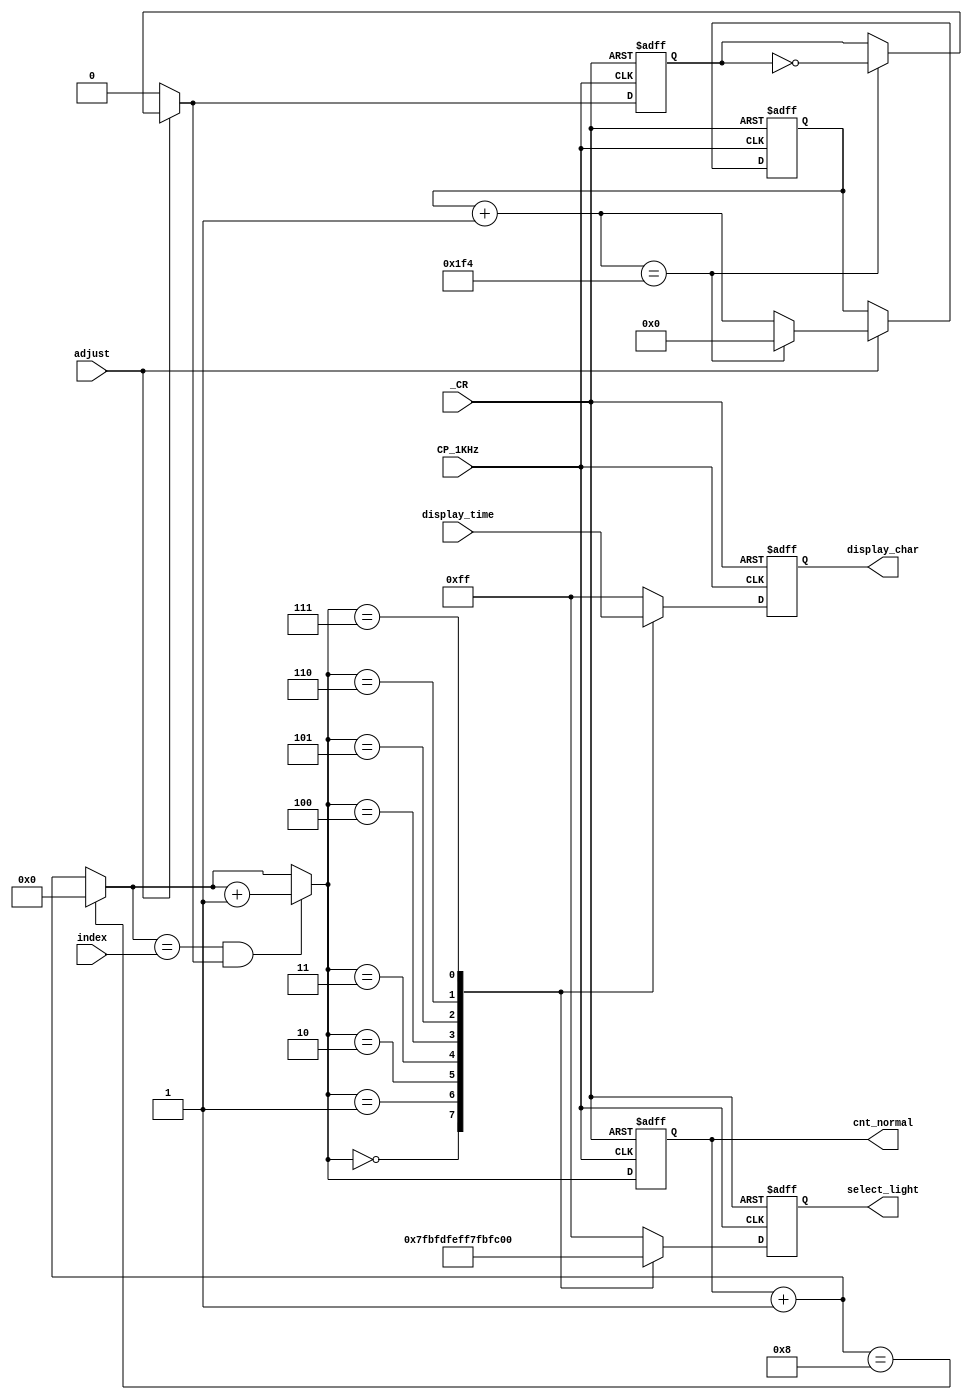
module decoder(
    input _CR,
    input [63:0] display_time,
    input [3:0]index,    
    input adjust,
    input CP_1KHz,
    output reg [7:0] select_light,
    output reg [7:0] display_char,
    output reg  [3:0] cnt_normal
    );

    //reg [3:0] cnt_normal;
    reg [31:0] cnt_adjust;
    reg twinkle;

    always@(posedge CP_1KHz, negedge _CR)begin
        if(~_CR) begin
            select_light = 8'hff;
            display_char = 8'hff;
            cnt_normal = 0;
            cnt_adjust = 0;
            twinkle = 0;
        end 
        else begin
            if(adjust) begin    
                cnt_adjust = cnt_adjust + 1;
                if(cnt_adjust == 9'd500) begin
                    cnt_adjust = 0;
                    twinkle = ~twinkle;
                end 
            end
            else twinkle = 0;
         
            cnt_normal = cnt_normal + 1;
            if(cnt_normal == 4'd8) cnt_normal = 0; 
            if(cnt_normal == index & twinkle) cnt_normal = cnt_normal + 1;
            case(cnt_normal)
                4'd0:begin select_light = 8'b01111111; display_char = display_time[63:56]; end
                4'd1:begin select_light = 8'b10111111; display_char = display_time[55:48]; end
                4'd2:begin select_light = 8'b11011111; display_char = display_time[47:40]; end
                4'd3:begin select_light = 8'b11101111; display_char = display_time[39:32]; end
                4'd4:begin select_light = 8'b11110111; display_char = display_time[31:24]; end
                4'd5:begin select_light = 8'b11111011; display_char = display_time[23:16]; end
                4'd6:begin select_light = 8'b11111101; display_char = display_time[15:8]; end
                4'd7:begin select_light = 8'b11111110; display_char = display_time[7:0]; end
                default:begin select_light = 8'b11111111; display_char = 8'b11111111; end
            endcase
            
        end
   end

endmodule